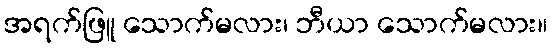
အရက်ဖြူ သောက်မလား၊ ဘီယာ သောက်မလား။